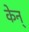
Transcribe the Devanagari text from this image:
केन्